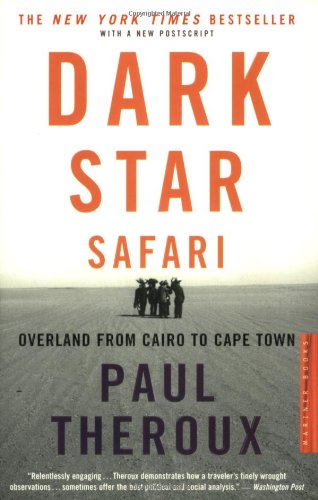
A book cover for Dark Star Safari: Overland from Cairo to Capetown; Paul Theroux; Travel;